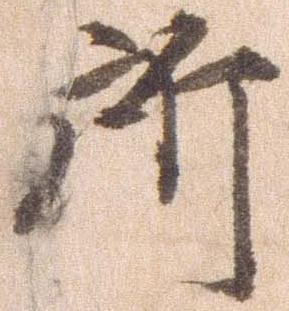
所